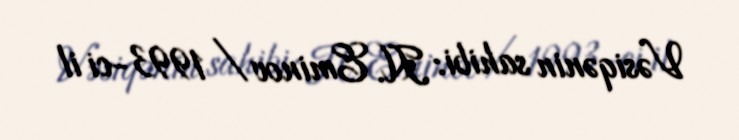
Vəsiqənin sahibi: H. Eminov / 1993-ci il